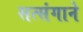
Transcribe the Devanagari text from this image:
सत्संगाने